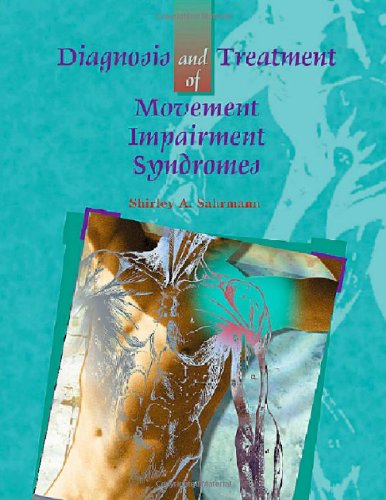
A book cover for Diagnosis and Treatment of Movement Impairment Syndromes; Shirley Sahrmann PT  PhD  FAPTA; Medical Books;